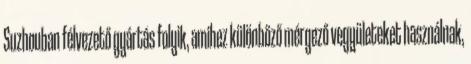
Suzhouban félvezető gyártás folyik, amihez különböző mérgező vegyületeket használnak,